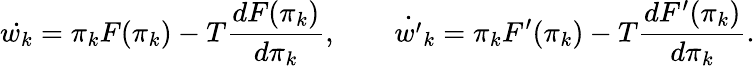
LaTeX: \dot{w_{k}}=\pi_{k}F(\pi_{k})-T{\frac{d{F(\pi_{k})}}{d\pi_{k}}},\qquad\dot{w^{\prime}}_{k}=\pi_{k}F^{\prime}(\pi_{k})-T{\frac{d{F^{\prime}(\pi_{k})}}{d\pi_{k}}}.